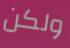
ولكن